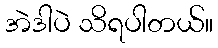
အဲဒါပဲ သိရပါတယ်။